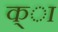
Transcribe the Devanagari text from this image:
क्ा